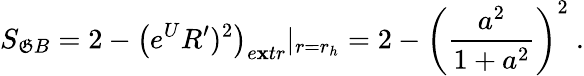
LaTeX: S_{\mathfrak{G}B}=2-\left(e^{U}R^{\prime})^{2}\right)_{e\mathbf{x}tr}|_{r=r_{h}}=2-\left({\frac{{a^{2}}}{{1+a^{2}}}}\right)^{2}\ .